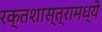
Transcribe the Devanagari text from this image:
रक्तशास्त्रामध्ये